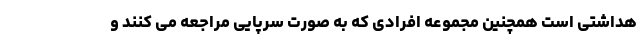
هداشتی است همچنین مجموعه افرادی که به صورت سرپایی مراجعه می کنند و